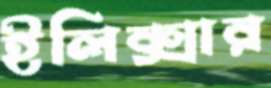
ইলিক্সার